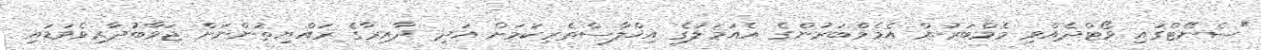
"ސެނޭޓްގައި ވޯޓްދެއްވި މެމްބަރުން އެމެމްބަރުންގެ އެއަމަލުގެ އިޚްލާސްތެރިކަމަށް އަދި ދާއިރާގެ ރައްޔިތުންނަށް ޖަވާބުދާރިވެވަޑައި